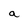
Character: a